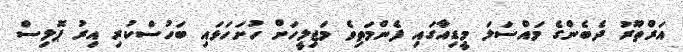
އަރްތޫރު ދެބެންގެ މައްސަލަ މީޑިއާގައި ފެންމަތިވެ މަޖިލީހަށް ހުށަހަޅައި ބަހުސްކުރި އިރު ޕޮލިސް